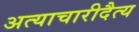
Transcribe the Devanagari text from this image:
अत्याचारीदैत्य